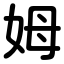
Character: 姆